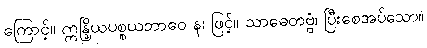
ကြောင့်။ ဣန္ဒြိယပစ္စယဘာဝေ န၊ ဖြင့်။ သာဓေတဗ္ဗံ၊ ပြီးစေအပ်သော။